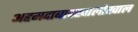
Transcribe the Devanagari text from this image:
अहमदाबादखालोखाल